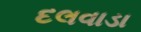
દલવાડા